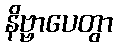
နိဗ္ဗာပေတွာ